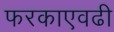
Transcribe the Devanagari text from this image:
फरकाएवढी